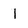
Character: 1